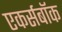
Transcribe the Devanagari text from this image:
एकर्सबॉक